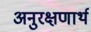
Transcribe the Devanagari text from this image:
अनुरक्षणार्थ